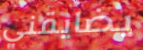
يضايقني